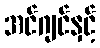
အင်ဂျင်နှင့်